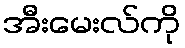
အီးမေးလ်ကို